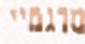
מדגמיי